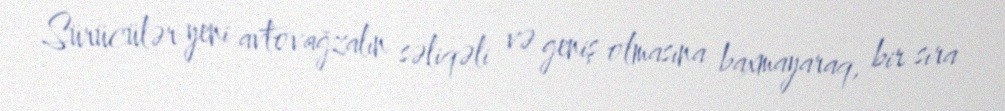
Sürücülər yeni avtovağzalın səliqəli və geniş olmasına baxmayaraq, bir sıra